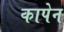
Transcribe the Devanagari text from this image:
कापेन